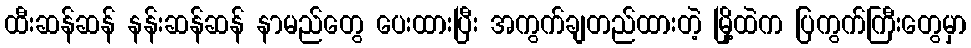
ထီးဆန်ဆန် နန်းဆန်ဆန် နာမည်တွေ ပေးထားပြီး အကွက်ချတည်ထားတဲ့ မြို့ထဲက ပြကွက်ကြီးတွေမှာ